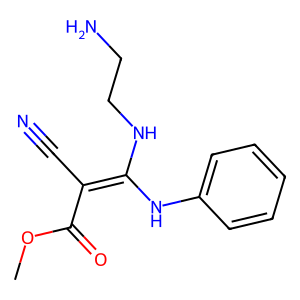
SMILES: COC(=O)C(C#N)=C(NCCN)Nc1ccccc1
Inhibits HIV replication: No